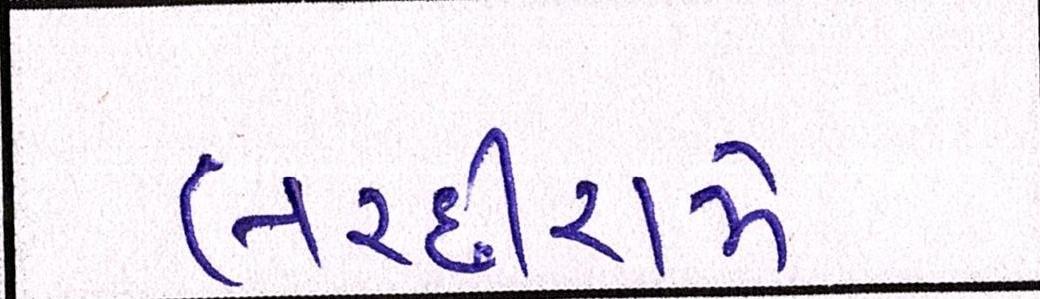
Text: લચ્છીરામે